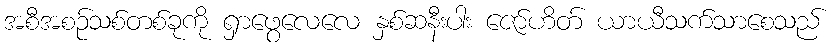
အစီအစဉ်သစ်တစ်ခုကို ရှာဖွေလေလေ နှစ်ဆနီးပါး ဇော်ဟိတ် ယာယီသက်သာစေသည်